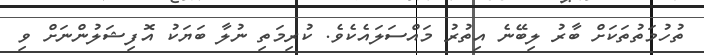
ތުހުމަތުތަކަށް ބާރު ލިބޭނެ އިތުރު މައްސަލައެކެވެ. ކުރިމަތި ނުލާ ބަޔަކު އޮފިޝަލުންނަށް ވި